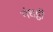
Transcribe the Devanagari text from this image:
गंधट्ठी